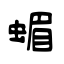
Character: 蝞